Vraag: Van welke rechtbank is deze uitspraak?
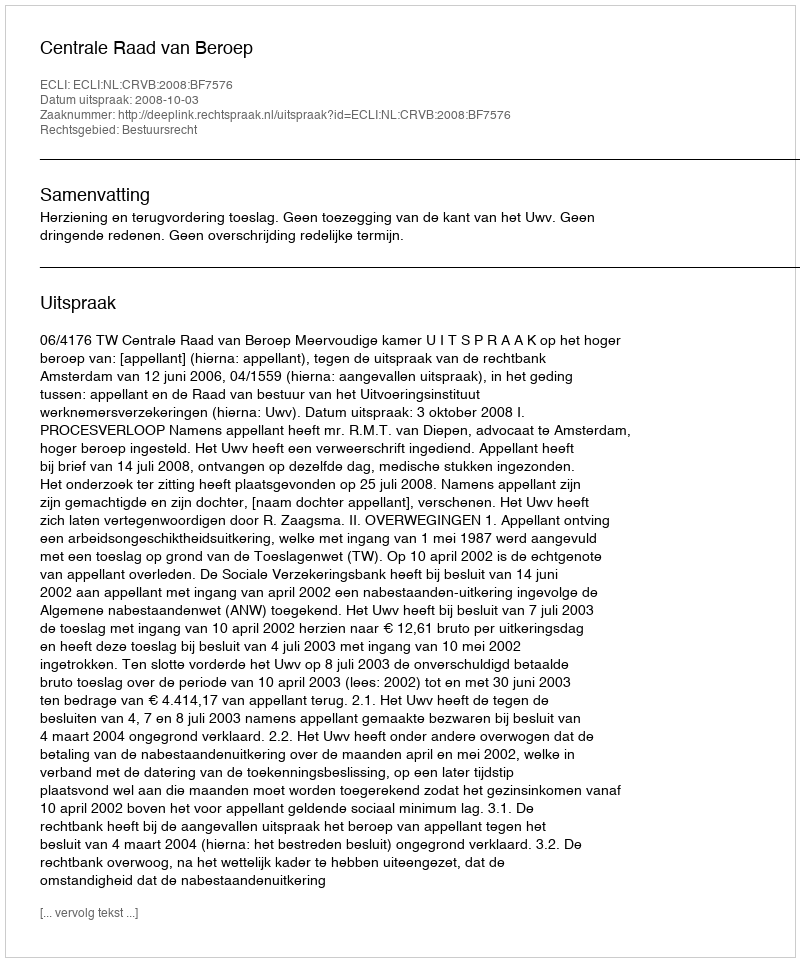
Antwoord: Centrale Raad van Beroep